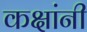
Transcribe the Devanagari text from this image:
कक्षांनी